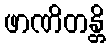
ဖာဏိတန္တိ